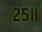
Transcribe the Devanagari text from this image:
२५॥